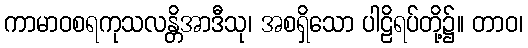
ကာမာဝစရကုသလန္တိအာဒီသု၊ အစရှိသော ပါဠိရပ်တို့၌။ တာဝ၊